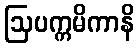
ဩပက္ကမိကာနိ